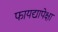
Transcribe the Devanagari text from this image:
फायद्यापेक्षा